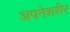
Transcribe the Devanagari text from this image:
अपनेशरीर